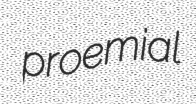
proemial